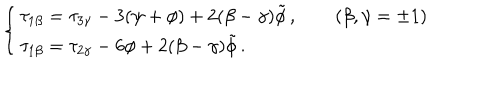
LaTeX: \left\{ \begin{array} { l } { { \tau _ { 1 \beta } = \tau _ { 3 \gamma } - 3 ( \psi + \phi ) + 2 ( \beta - \gamma ) \tilde { \phi } \, , \qquad ( \beta , \gamma = \pm 1 ) } } \\ { { \tau _ { 1 \beta } = \tau _ { 2 \gamma } - 6 \phi + 2 ( \beta - \gamma ) \tilde { \phi } \, . } } \\ \end{array} \right.